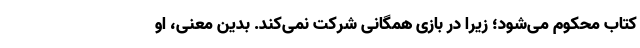
کتاب محکوم می‌شود؛ زیرا در بازی همگانی شرکت نمی‌کند. بدین معنی، او